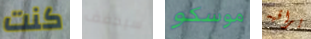
كنت سيخفف موسكو يراقبه